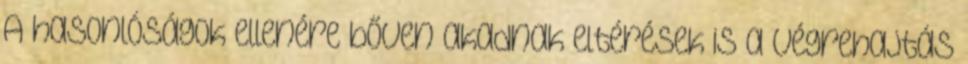
A hasonlóságok ellenére bőven akadnak eltérések is a végrehajtás